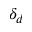
\delta _ { d }